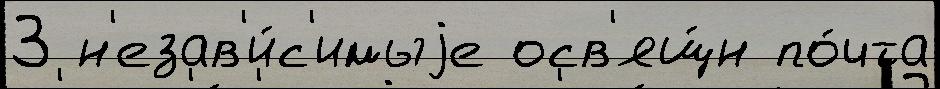
З н'езав'и́с'имыjе осв'ящ́н по́чта